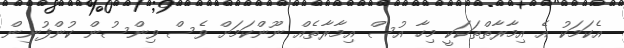
އެކަމަކު އެ އިމާރާތްތަކަކީ މިހާ އުސް އިމާރާތެއް ނޫންކަމަށް ވެސް ވިންސުން ކުންފުނިން